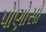
પોણોસો